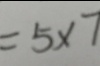
= 5 \times 7